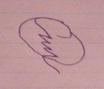
Signature authenticity: forged